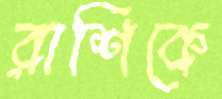
রাশিকে